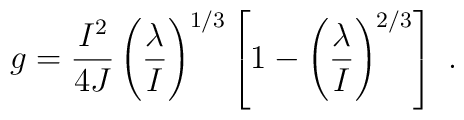
g = {I^2 \over 4J} \left( {\lambda \over I} \right)^{1/3}   \left[ 1 - \left( \lambda \over I \right)^{2/3} \right] \ .